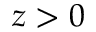
z > 0